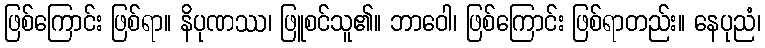
ဖြစ်ကြောင်း ဖြစ်ရာ။ နိပုဏဿ၊ ဖြူစင်သူ၏။ ဘာဝေါ၊ ဖြစ်ကြောင်း ဖြစ်ရာတည်း။ နေပုညံ၊